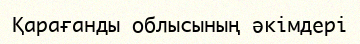
Қарағанды облысының әкімдері